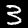
Label: 3